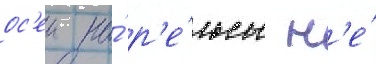
ос'еи на́ р'е́льсы н'е́